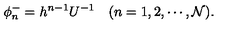
\phi _ { n } ^ { - } = h ^ { n - 1 } U ^ { - 1 } \quad ( n = 1 , 2 , \cdots , { \cal N } ) .